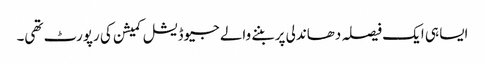
ایسا ہی ایک فیصلہ دھاندلی پر بننے والے جیوڈیشل کمیشن کی رپورٹ تھی۔